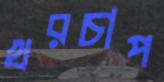
খরচাপ